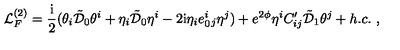
{ \cal L } _ { F } ^ { ( 2 ) } = \frac { \mathrm { i } } { 2 } ( \theta _ { i } \tilde { { \cal D } } _ { 0 } \theta ^ { i } + \eta _ { i } \tilde { { \cal D } } _ { 0 } \eta ^ { i } - 2 \mathrm { i } \eta _ { i } e _ { 0 } ^ { i } { } _ { j } \eta ^ { j } ) + e ^ { 2 \phi } \eta ^ { i } C _ { i j } ^ { \prime } \tilde { { \cal D } } _ { 1 } \theta ^ { j } + h . c . \ ,